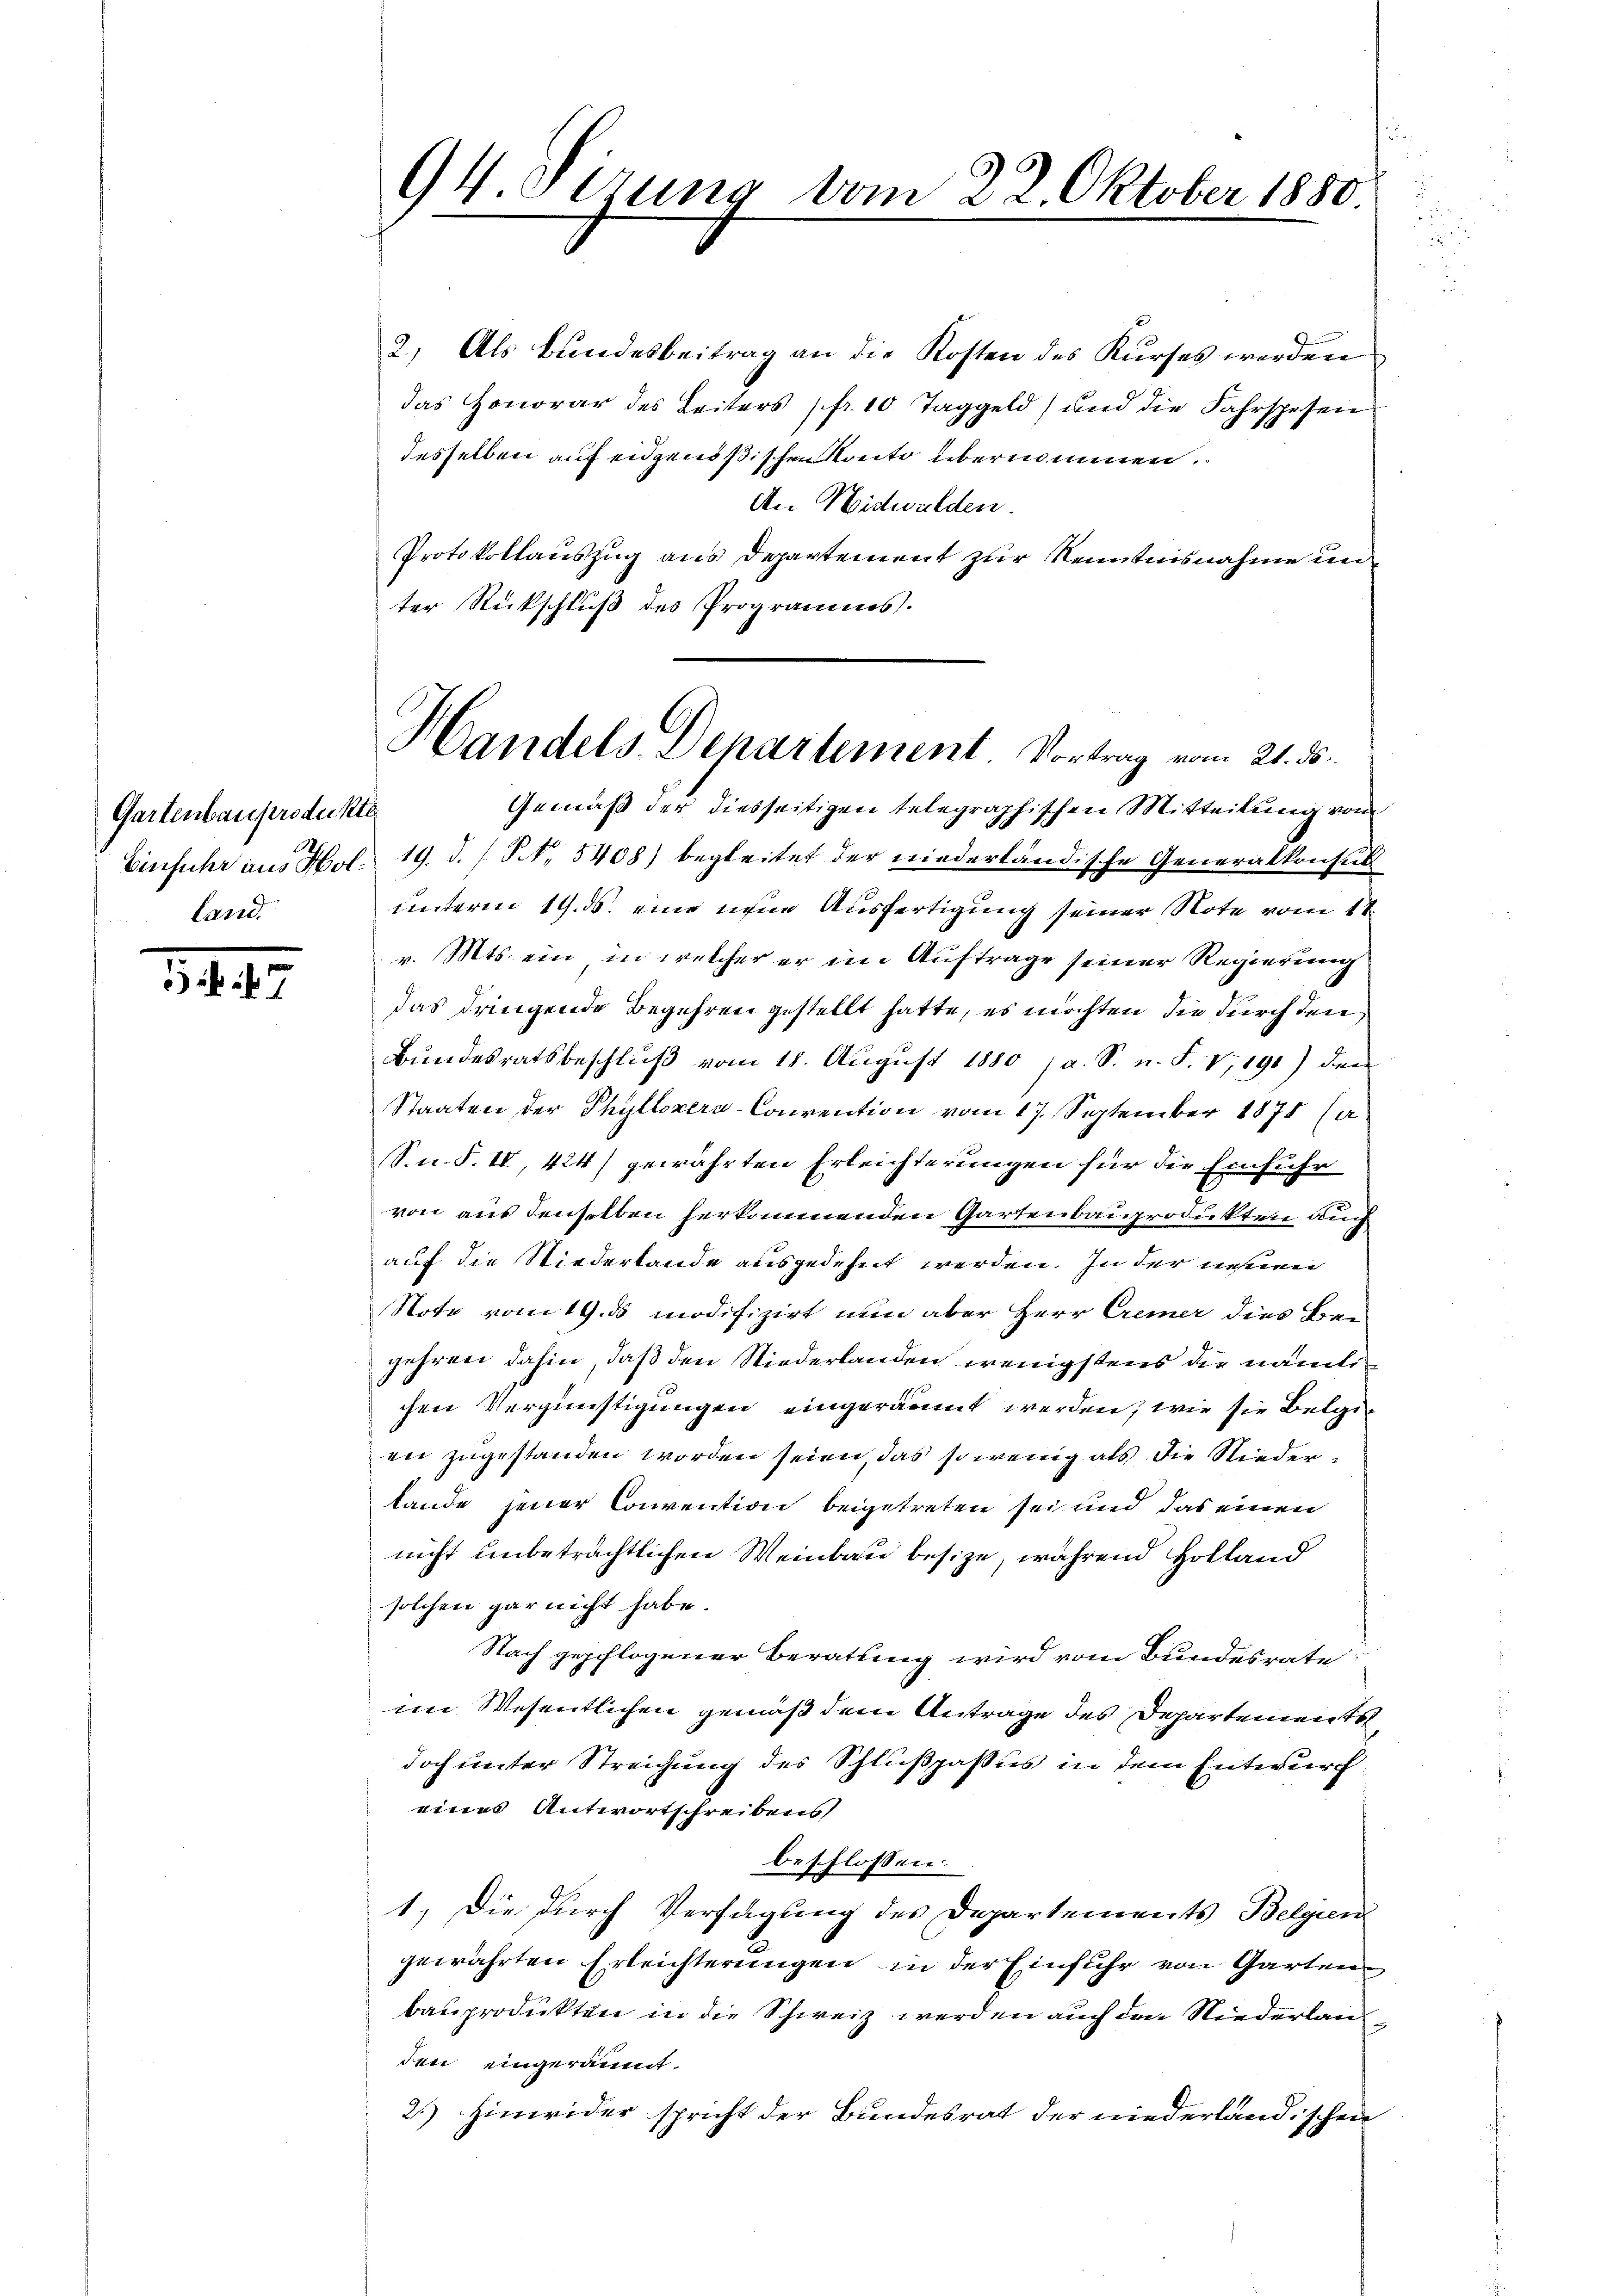
Gartenbauprodukte
land.

1447.

2.) Als Bundesbeitrag an die Kosten des Kurses werden
das Honorar des Leiters (fr. 10 Taggeld) und die Fahrspesen
desselben auf eidgenößischen Konte übernommen.
An Nidwalden.
Protokollauszug aus Departement zur Kenntnisnahme un
ter Rückschluß des Programms.
Gemäß der diesseitigen telegraphischen Mitteilung vom
Einfuhr aus Hol. 19. d. / N. 5408) begleitet der niederländische Generalkonsul
unterm 19. ds. eine inne Ausfertigung seiner Note vom 11.
v. Mts. ein in welcher er im Auftrage seiner Regierung
das dringende Begehren gestellt hatte, es möchten, die durch den
Bŭndesratsbeschlŭβ vom 18. Aŭgŭst 1880 / a. S. n. F. V,191) dien
Staaten der Phyllszera-Convention vom 17. September 1875 (a.
Sn. F. II, 424) gewährten Erleichterungen für die Einfuhr
von aus denselben herkommenden Gartenbauprodukten auch
auf die Niederlande ausgedehnt werden. In der nehmen
Stote vom 19. ds modifizirt nun aber Herr Cremer dies Be-
gehren dahin, daß den Niederlanden wenigstens die nämlichen Vergünstigungen eingeräumt werden, wie sie Belgi
wir zugestanden worden seien, das so wenig als die Niederlande jener Convention beigetreten sei und das einen
nicht unbeträchtlichen Weinbau besize, während Holland
solchen gar nicht habe.
Nach gepflogener Beratung wird vom Bundesrate
im Wesentlichen gemäß dem Antrage des Departements
doch unter Streichung des Schlußpasus in dem Entwurf
eines Antwortschreibens
beschlossen:
1.) Die durch Verfügung des Departements Belgien
gewährten Erleichterungen in der Einfuhr von Garten
bauprodukten in die Schweiz werden auch den Niederlanden eingeräumt.
2.) Hinwider spricht der Bundesrat der niederländischen

94 Sizung vom 22. Oktober 1880.

Handels Departement. Vortrag vom 21. ds.